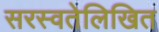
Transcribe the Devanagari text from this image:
सरस्वतेलिखित